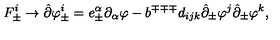
F _ { \pm } ^ { i } \rightarrow \hat { \partial } \varphi _ { \pm } ^ { i } = e _ { \pm } ^ { \alpha } \partial _ { \alpha } \varphi - b ^ { \mp \mp \mp } d _ { i j k } \hat { \partial } _ { \pm } \varphi ^ { j } \hat { \partial } _ { \pm } \varphi ^ { k } ,